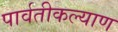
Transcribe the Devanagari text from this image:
पार्वतीकल्याण